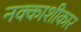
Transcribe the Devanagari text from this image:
नक्काशीकार